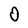
Character: 0